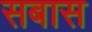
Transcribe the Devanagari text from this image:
सबास